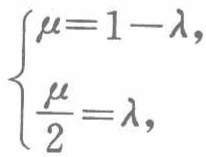
$\begin{cases}
\mu = 1 - \lambda,\\
\frac{\mu}{2}=\lambda,
\end{cases}$